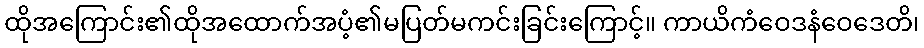
ထိုအကြောင်း၏ထိုအထောက်အပံ့၏မပြတ်မကင်းခြင်းကြောင့်။ ကာယိကံဝေဒနံဝေဒေတိ၊